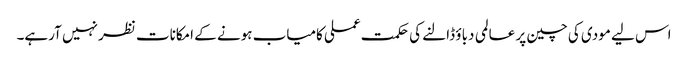
اس لیے مودی کی چین پر عالمی دباؤ ڈالنے کی حکمت عملی کامیاب ہونے کے امکانات نظر نہیں آرہے۔